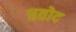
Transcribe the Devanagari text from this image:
प्रतोद